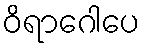
ဝိရာဂေါပေ